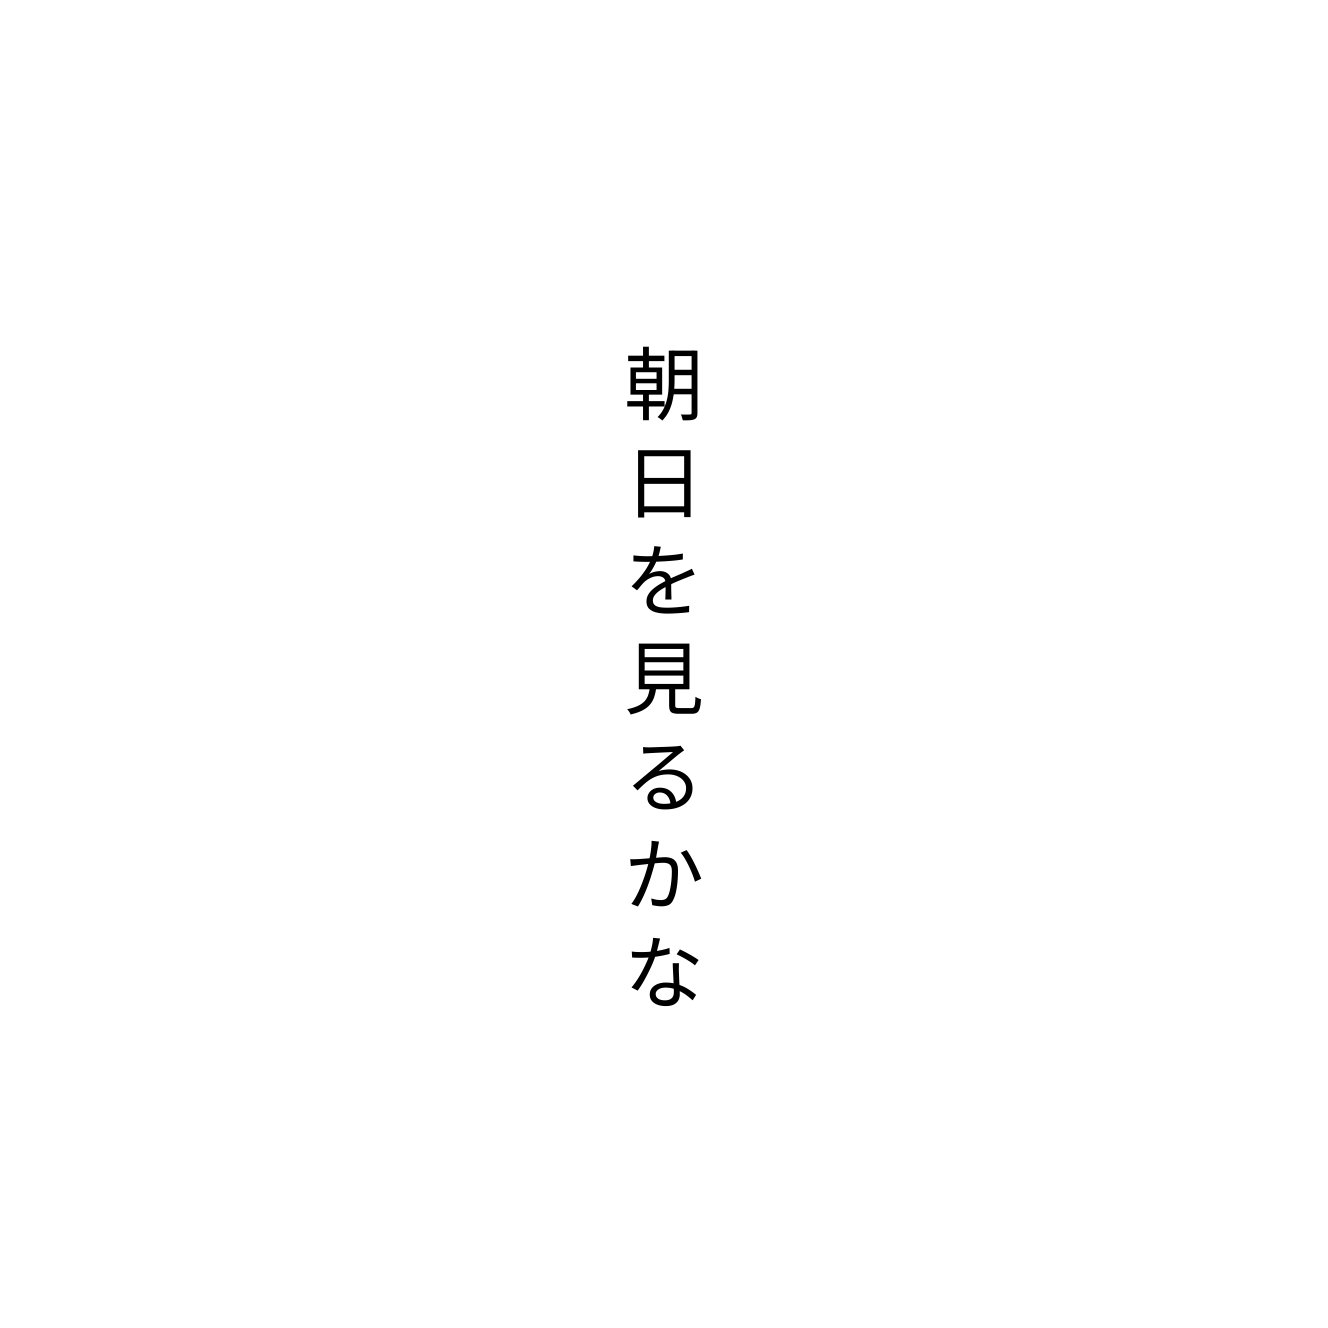
朝日を見るかな